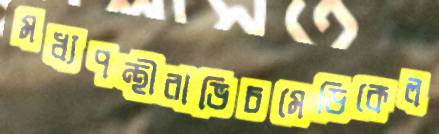
মধ্যপন্থীরাভিচমেডিকেল